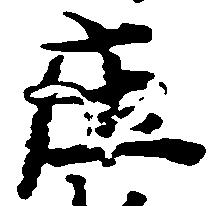
庄